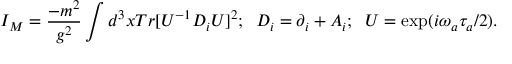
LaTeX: I _ { M } = \frac { - m ^ { 2 } } { g ^ { 2 } } \int d ^ { 3 } x T r [ U ^ { - 1 } D _ { i } U ] ^ { 2 } ; \; \; D _ { i } = \partial _ { i } + A _ { i } ; \; \; U = \exp ( i \omega _ { a } \tau _ { a } / 2 ) .